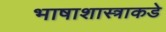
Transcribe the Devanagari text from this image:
भाषाशास्त्राकडे